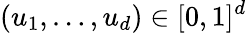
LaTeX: (u_{1},\dots,u_{d})\in[0,1]^{d}